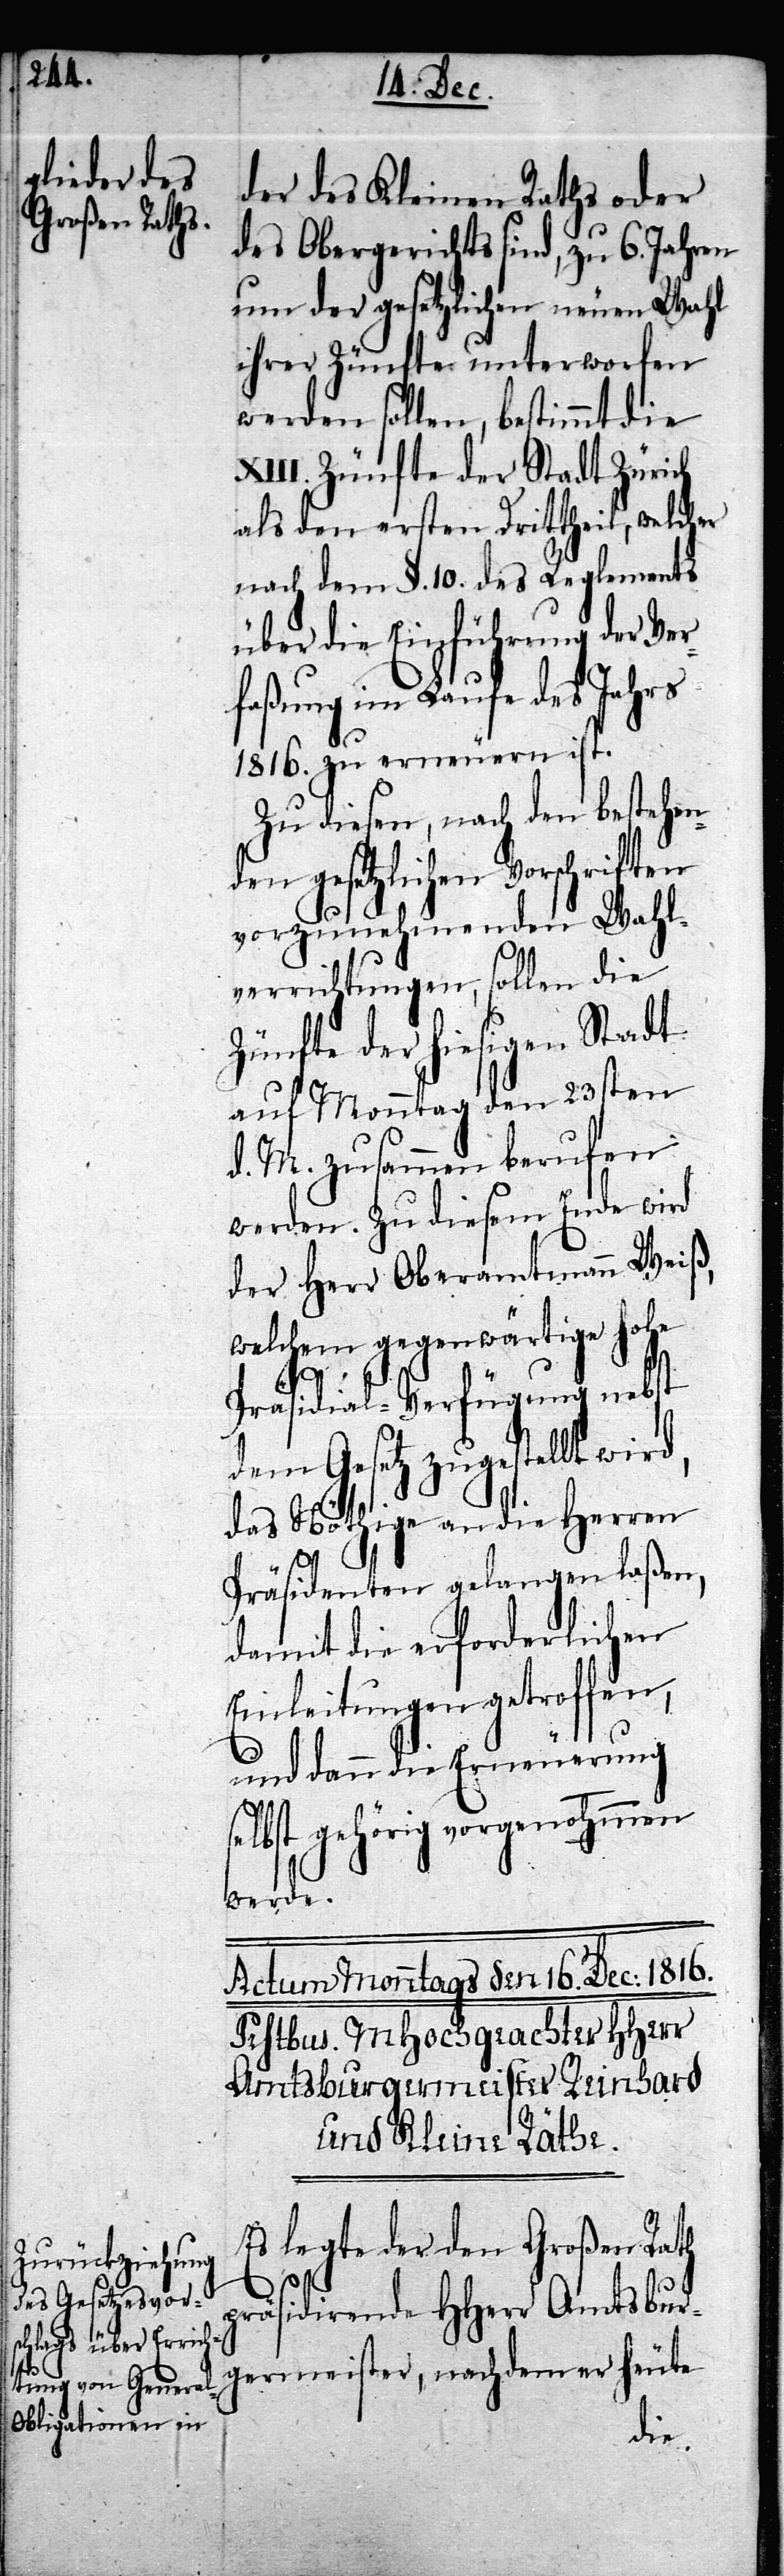
der des Kleinen Raths oder
des Obergerichtes sind, zu 6. Jahren
um der gesetzlichen neuen Wahl
ihrer Zünfte unterworfen
werden sollen, bestimmt die
XIII. Zünfte der Stadt Zürich
als den ersten Drittheil, welcher
nach dem §. 10 des Reglements
über die Einführung der Ver¬
faßung im Laufe des Jahrs
1816. zu erneuern ist.
Zu diesen, nach den bestehen¬
den gesetzlichen Vorschriften
vorzunehmenden Wahl¬
verrichtungen, sollen die
Zünfte der hiesigen Stadt
auf Monntag den 23sten
d. M. zusammen berufen
werden. Zu diesem Ende wird
der Herr Oberamtmann Weiß,
welchem gegenwärtige Hohe
s¬
Präsidial-Verfügung nebst
dem Gesetz zugestellt wird,
das Nöthige an die Herren
Präsidenten gelangen laßen,
damit die erforderlichen
Einleitungen getroffen,
und dann die Erneuerung
elbst gehörig vorgenohmmen
werde.
Es legte der den Großen Rath
präsidierende HHerr Amtsbur¬
germeister, nachdem er heute